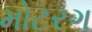
મોટરગ